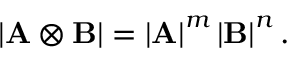
\left| \mathbf { A } \otimes \mathbf { B } \right| = \left| \mathbf { A } \right| ^ { m } \left| \mathbf { B } \right| ^ { n } .